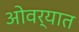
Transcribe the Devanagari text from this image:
ओवर्‍यात